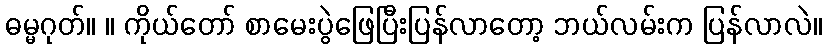
ဓမ္မဂုတ်။ ။ ကိုယ်တော် စာမေးပွဲဖြေပြီးပြန်လာတော့ ဘယ်လမ်းက ပြန်လာလဲ။